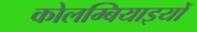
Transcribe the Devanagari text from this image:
कोलम्बियाइयों